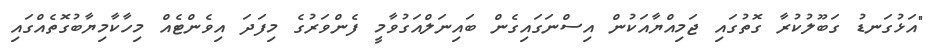
"އަޅުގަނޑު ގަބޫލުކުރާ ގޮތުގައި ޖަމިއްޔާއަކުން އިސްނަގައިގެން ބައިނަލްއަގުވާމީ ފެންވަރުގެ މިފަދަ އިވެންޓެއް މިހާކާމިޔާބުގޮތެއްގައި